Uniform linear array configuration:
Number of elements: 24
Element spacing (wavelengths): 0.25
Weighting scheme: blackman
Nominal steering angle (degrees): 0
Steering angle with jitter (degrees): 1.337
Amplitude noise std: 0.05
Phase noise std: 0.05

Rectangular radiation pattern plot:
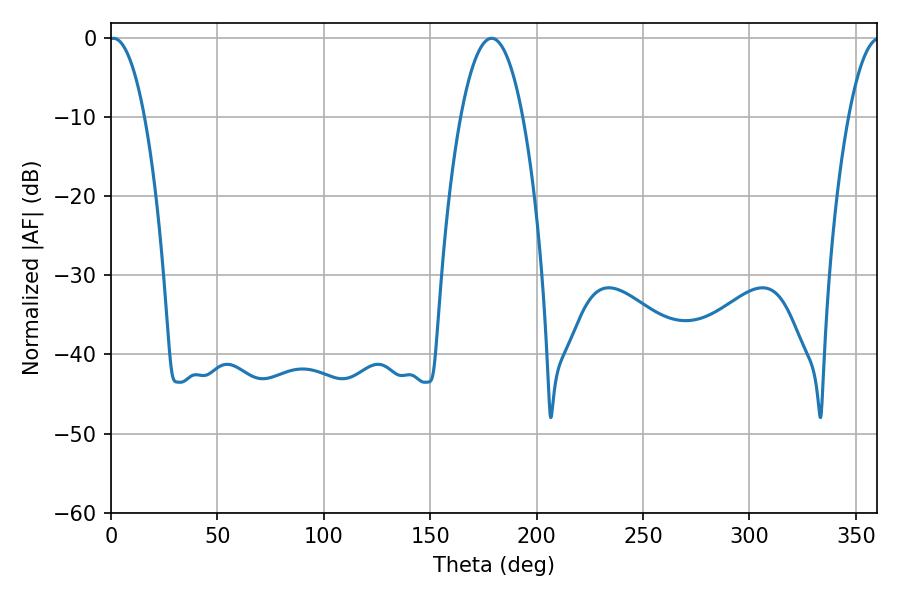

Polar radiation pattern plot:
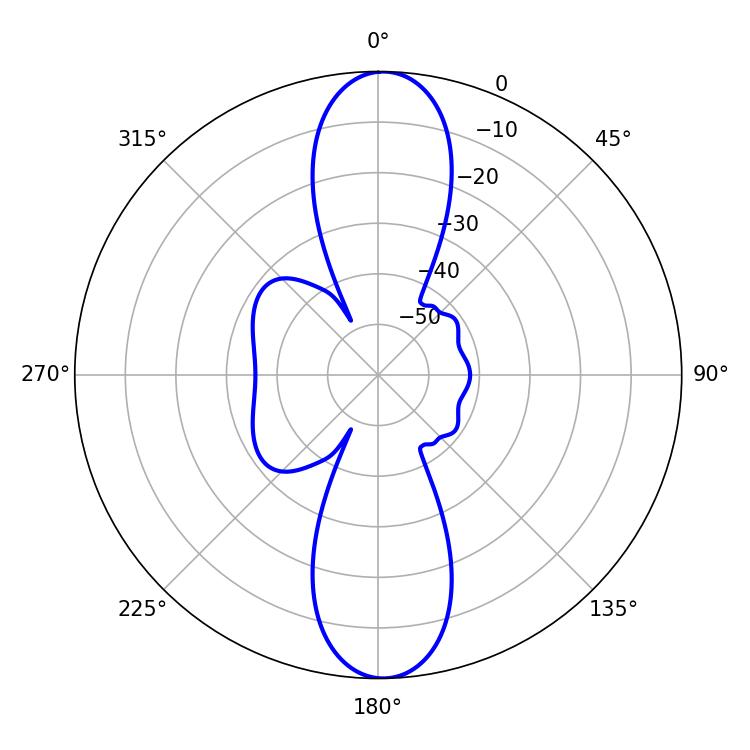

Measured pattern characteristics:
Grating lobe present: FALSE
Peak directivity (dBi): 22.503
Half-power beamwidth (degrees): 9.18
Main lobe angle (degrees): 1.08